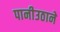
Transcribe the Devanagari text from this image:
पानीउठाने